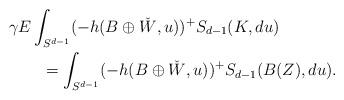
LaTeX: \begin{align*}\MoveEqLeft \gamma E\int_{S^{d-1}} (- h(B\oplus \check{W},u))^+ S_{d-1}(K, du)\\&= \int_{S^{d-1}} (- h(B\oplus \check{W},u))^+ S_{d-1}(B(Z), du).\end{align*}